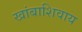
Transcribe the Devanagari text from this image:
खांबाशिवाय